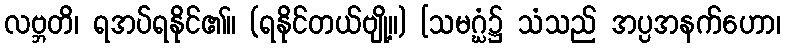
လဗ္ဘတိ၊ ရအပ်ရနိုင်၏။ (ရနိုင်တယ်ဗျို့။) [သမဂ္ဃံ၌ သံသည် အပ္ပအနက်ဟော၊